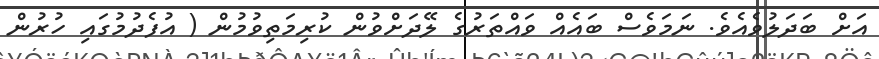
އަށް ބަދަލުވެއެވެ. ނަމަވެސް ބައެއް ވައްތަރުގެ ލޭދަށްވުން ކުރިމަތިވުމުން ( އުފެދުމުގައި ހުރުން